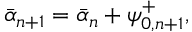
\Bar { \alpha } _ { n + 1 } = \Bar { \alpha } _ { n } + \psi _ { 0 , n + 1 } ^ { + } ,